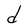
Character: d